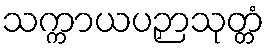
သက္ကာယပဉှာသုတ္တံ